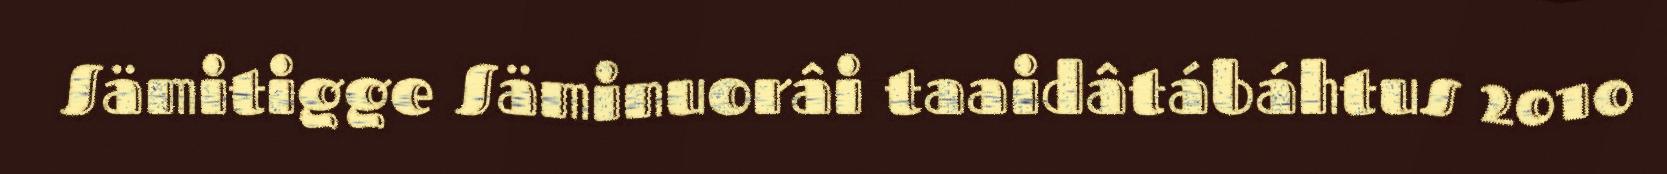
Sämitigge Säminuorâi taaidâtábáhtus 2010